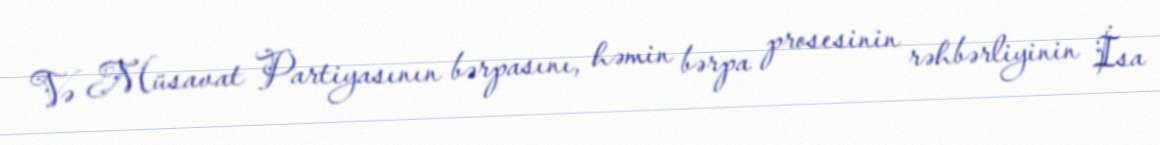
Və Müsavat Partiyasının bərpasını, həmin bərpa prosesinin rəhbərliyinin İsa